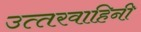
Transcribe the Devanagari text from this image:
उत्‍तरवाहिनी